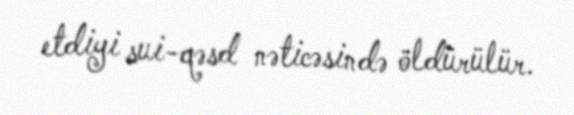
etdiyi sui-qəsd nəticəsində öldürülür.